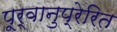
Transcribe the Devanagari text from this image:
पूर्वानुप्रेरित